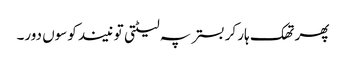
پھر تھک ہار کر بستر پہ لیٹتی تو نیند کوسوں دور۔